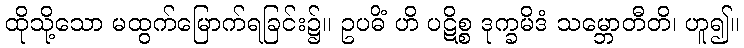
ထိုသို့သော မထွက်မြောက်ရခြင်း၌။ ဥပဓိံ ဟိ ပဋိစ္စ ဒုက္ခမိဒံ သမ္ဘောတီတိ၊ ဟူ၍။